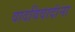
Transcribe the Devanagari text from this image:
वादविवादांना